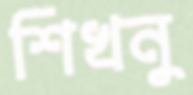
শিখনু